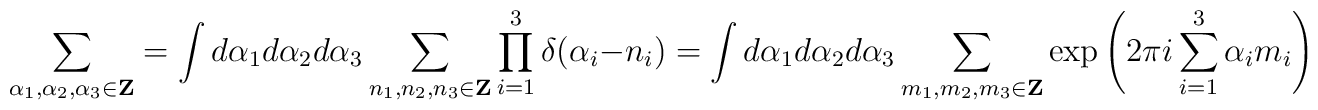
\sum_{\alpha_{1},\alpha_{2},\alpha_{3}\in{\bf Z}}=\int d\alpha_{1}d\alpha_{2}d\alpha_{3}\sum_{n_{1},n_{2},n_{3}\in{\bf Z}}\prod_{i=1}^{3}\delta(\alpha_{i}-n_{i})=\int d\alpha_{1}d\alpha_{2}d\alpha_{3}\sum_{m_{1},m_{2},m_{3}\in{\bf Z}}\exp\left(2\pi i\sum_{i=1}^{3}\alpha_{i}m_{i}\right)